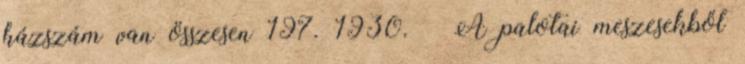
házszám van összesen 197. 1930. – A palotai meszesekből